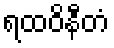
ရထဝိနီတံ